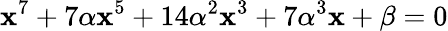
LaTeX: \mathbf{x}^{7}+7\alpha\mathbf{x}^{5}+14\alpha^{2}\mathbf{x}^{3}+7\alpha^{3}\mathbf{x}+\beta=0